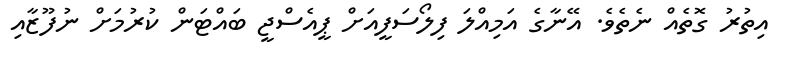
އިތުރު ގޮތެއް ނެތެވެ. އޭނާގެ އަމިއްލަ ފިލޯސަފީއަށް ޕީއެސްޖީ ބައްޓަން ކުރުމަށް ނުފޫޒާއި